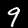
Digit: 9